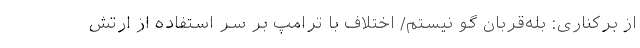
از برکناری: بله‌قربان گو نیستم/ اختلاف با ترامپ بر سر استفاده از ارتش